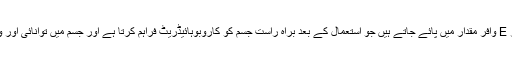
غذائیت: گھی میں وٹامن AD اور E وافر مقدار میں پائے جاتے ہیں جو استعمال کے بعد براہ راست جسم کو کاروبوہائیڈریٹ فراہم کرتا ہے اور جسم میں توانائی اور وزن فراہم کرنے کا کام کرتا ہے۔